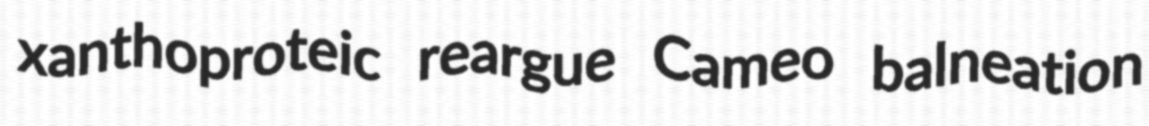
xanthoproteic reargue Cameo balneation